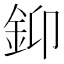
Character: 䤝